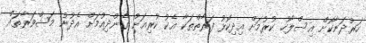
ހަރުދަނާކޮށް އިސްލާހު ކުރުމަށް އިދިކޮޅު ފަރާތްތަކާ އެކު ކުރިއަށް ގެންދިއުމަށް އެދުނު މަޝްވަރާތައް